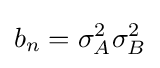
b_{n}=\sigma _{A}^{2}\sigma _{B}^{2}